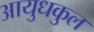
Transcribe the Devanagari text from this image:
आयुधकुल